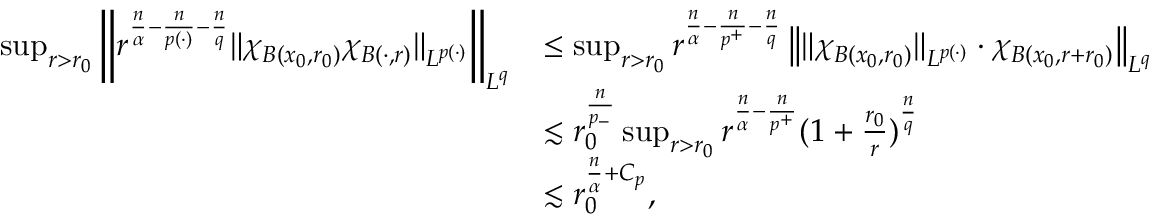
\begin{array} { r l } { \operatorname* { s u p } _ { r > r _ { 0 } } \left\| r ^ { \frac { n } { \alpha } - \frac { n } { p ( \cdot ) } - \frac { n } { q } } \| \chi _ { B ( x _ { 0 } , r _ { 0 } ) } \chi _ { B ( \cdot , r ) } \| _ { L ^ { p ( \cdot ) } } \right\| _ { L ^ { q } } } & { \le \operatorname* { s u p } _ { r > r _ { 0 } } r ^ { \frac { n } { \alpha } - \frac { n } { p ^ { + } } - \frac { n } { q } } \left\| \| \chi _ { B ( x _ { 0 } , r _ { 0 } ) } \| _ { L ^ { p ( \cdot ) } } \cdot \chi _ { B ( x _ { 0 } , r + r _ { 0 } ) } \right\| _ { L ^ { q } } } \\ & { \lesssim r _ { 0 } ^ { \frac { n } { p _ { - } } } \operatorname* { s u p } _ { r > r _ { 0 } } r ^ { \frac { n } { \alpha } - \frac { n } { p ^ { + } } } ( 1 + \frac { r _ { 0 } } { r } ) ^ { \frac { n } { q } } } \\ & { \lesssim r _ { 0 } ^ { \frac { n } { \alpha } + C _ { p } } , } \end{array}